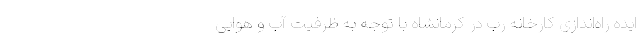
ایده راه‌اندازی کارخانه رب در کرمانشاه با توجه به ظرفیت آب و هوایی